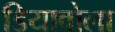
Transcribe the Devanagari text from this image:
डियावोला